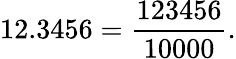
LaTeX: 12.3456={\frac{123456}{10000}}.